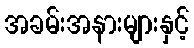
အခမ်းအနားများနှင့်